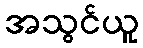
အသွင်ယူ